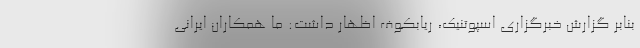
بنابر گزارش خبرگزاری اسپوتنیک، ریابکوف اظهار داشت: ما همکاران ایرانی